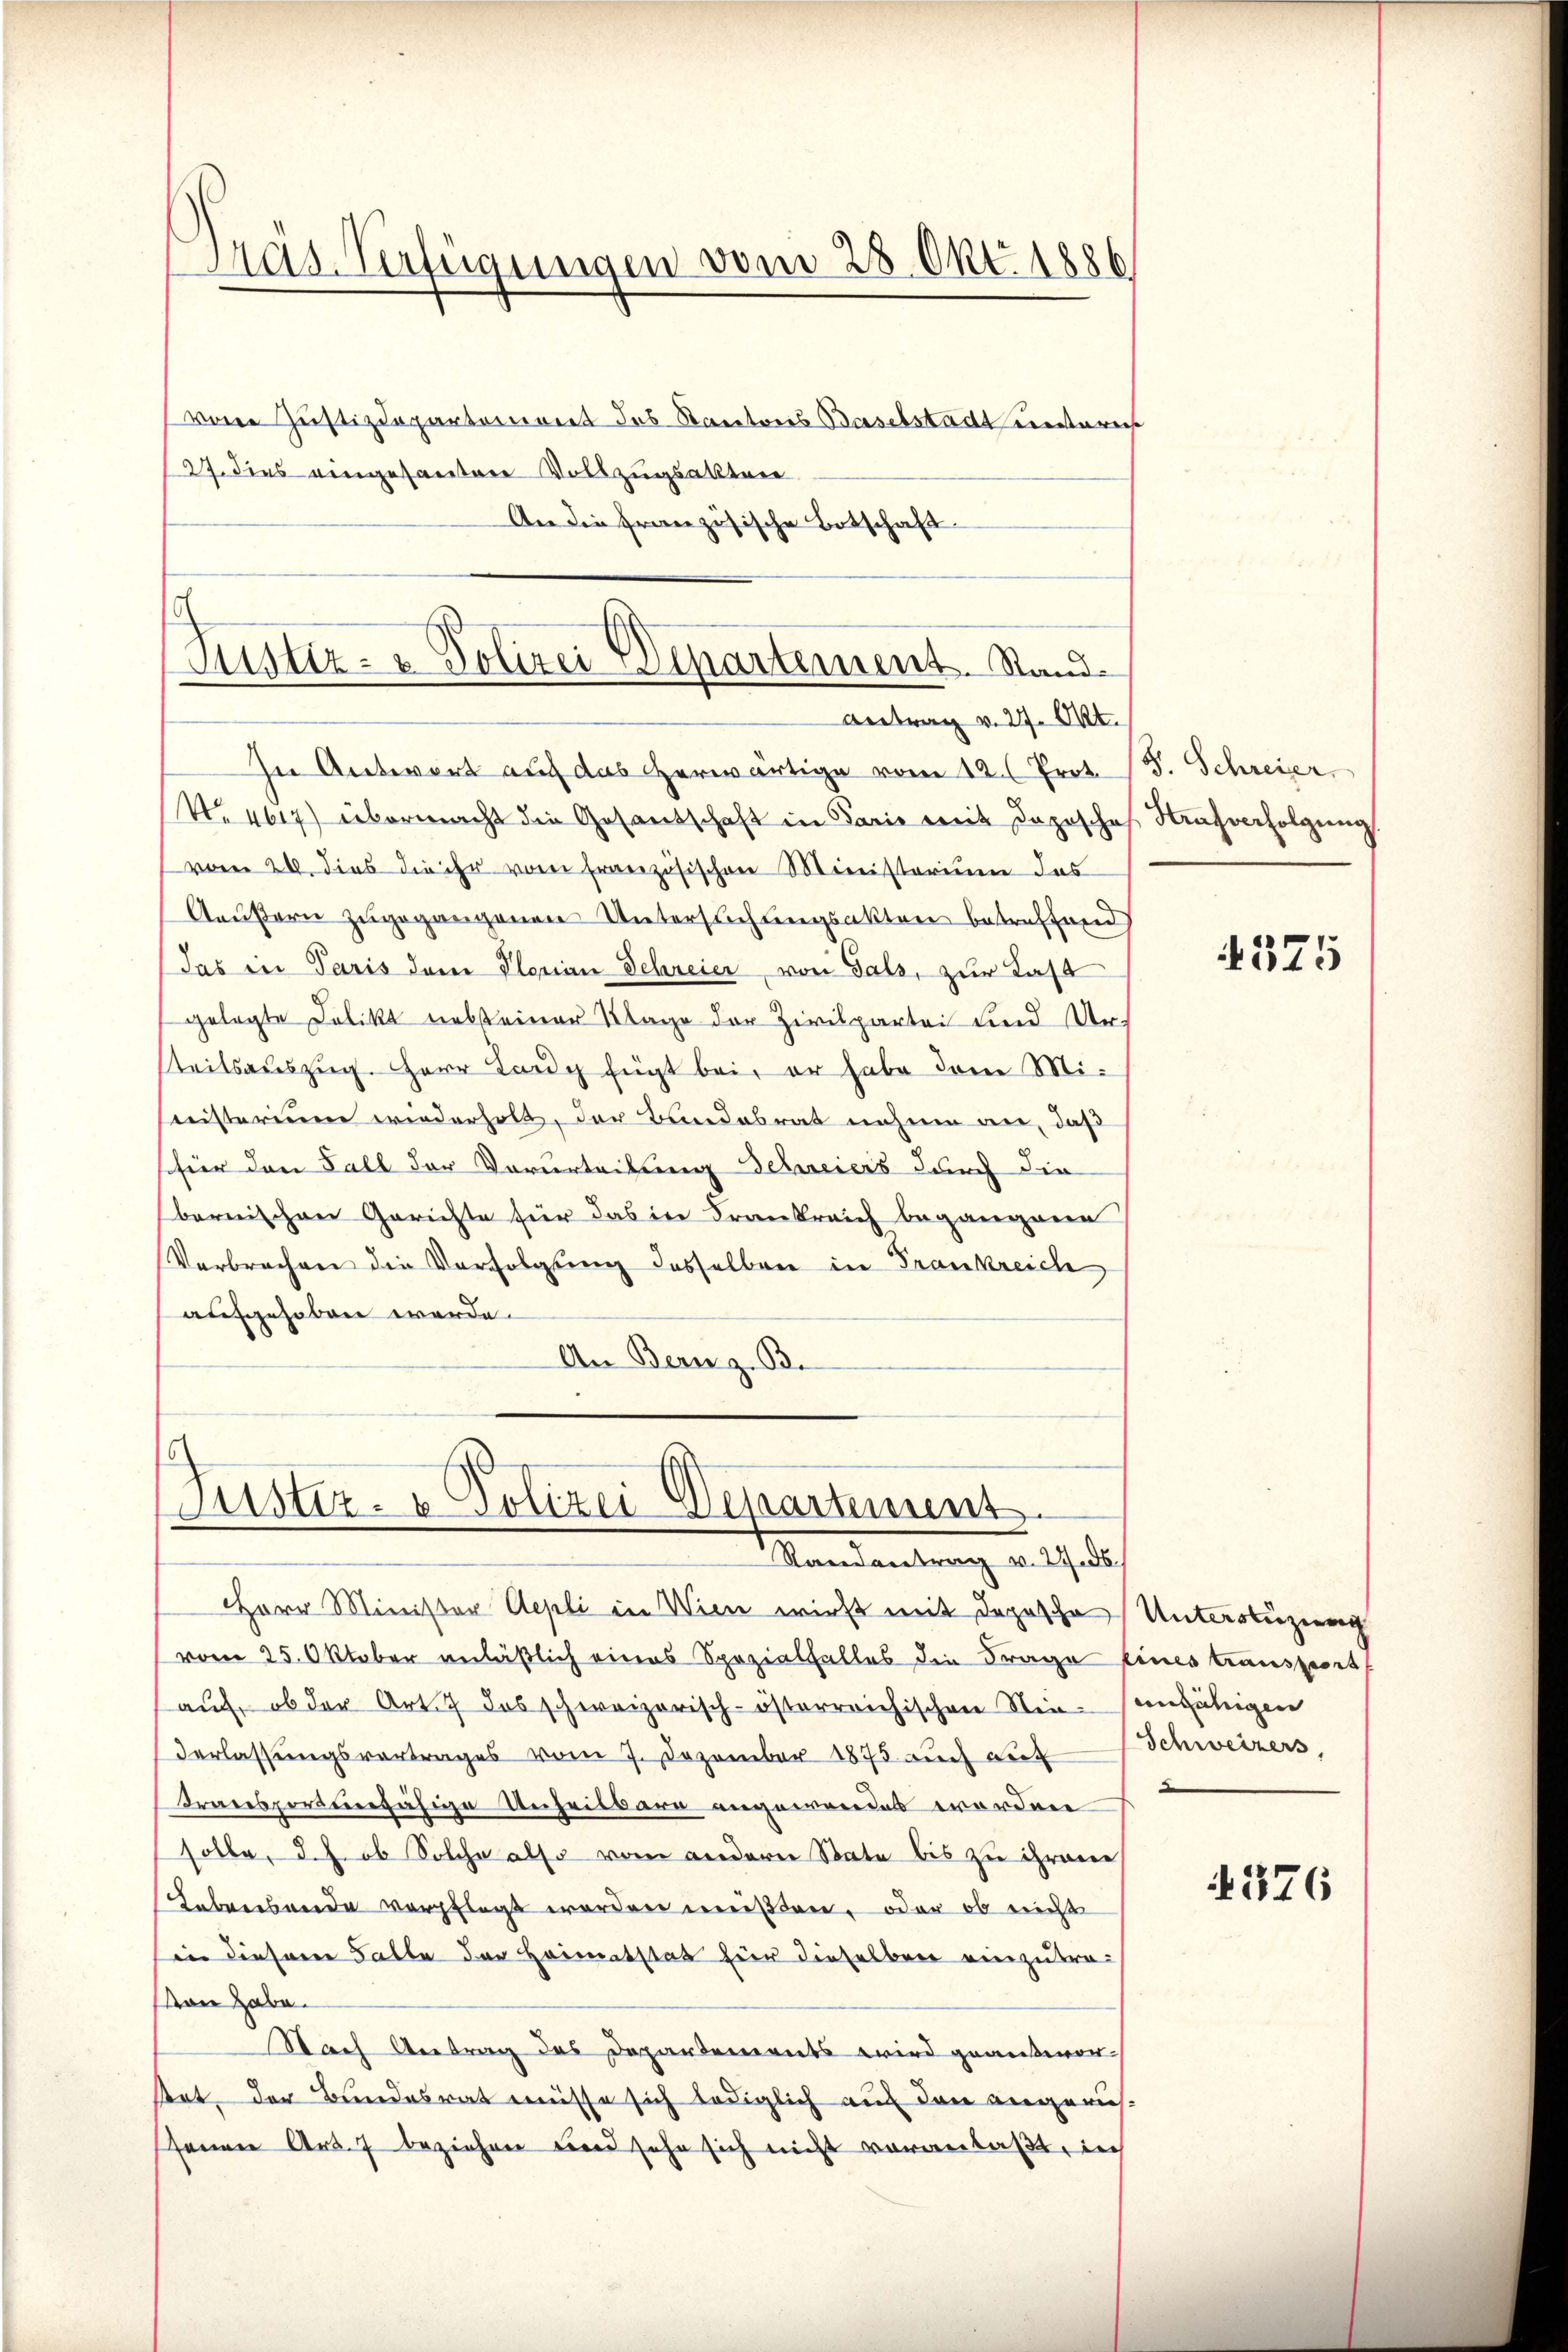
Pras-Verfügungen vom 28 Okt 1886

vom Justizdepartemont des Kantons Baselstadt unteres
27. dies eingesantere Vollzugsakten
An die französische Botschaft

Justiz- & Polizei Departement. Stand.
Antrag v. 27. Okt.

Puster- & Polizei Departemens.
Randantrag v. 27 de

In Antwort auf das herwärtige vom 12. ( Prof. J. Schreier
No. 4617) übermacht die Gesandschaft in Paris mit dazusche
vom 26. dies die ihr vom französischen Ministerium das
Aeußern zugegangenen Untersuchungsakten betreffend
das in Paris dem Glorian Schreier von Tals, zur Last
gelegte Delikt nebsteiner Klage der Zivilpartei und Urteitsauszug. Herr Lang fügt bei, er habe dem Ministerium wiederholt, der Bandesrat nahme an, daß
(für den Fall der Vorurteilung Schreiers durch die
bernischen Gerichte für das in Frankreich begangene
Verbrechen die Verfolgung desselben in Frankreich
aufgehoben werde.
An Bern z. B.

Herr Minister Aepli in Wien wirst mit Depesche Unterstüzung
vom 25. Oktober anläßlich eines Spezialfalles die Frage eines transport
auf, ob der Art. 7 das schweizerisch-österreichischen Nie-unfähigen
Verlassungsvortrages vom 7. Dezember 1875 auch die Schweizers,
transportenfähige Unheilbare angewendet worden
solle, d. h. ob Solche also vom anderer State bis zu ihren
Lebenebende verpflegt worden müßten, oder ob nicht
inn dieserer Falle der Heimatstat für dieselben einzutra¬
Man habe.
Nach Antrag des Departements wird geäußerorttet, der Bundesrat müsse sich lediglich auf den angerus-
senen Art. 7 beziehen und sehe sich nicht veranlaßt, ich

Strafverfolgung

4375

.

4376